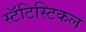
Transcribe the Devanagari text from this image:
स्टॅटिस्टिकल